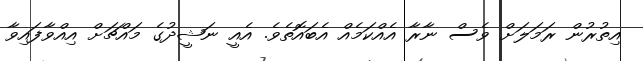
އިތުރުން ރަމަލަށް ވެސް ނާރާ އެއްކަމެއް އެބައޮތެވެ. އެއީ ނަޝީދުގެ މައްޗަށް އިއްވާފައިވާ